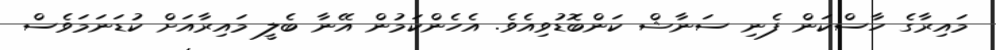
މައިރާގެ ހާސްކަން ފެނި ސަނާޝް ކަންބޮޑުވިއެވެ. އެހެންކަމުން އޭނާ ބެލީ މައިރާއަށް ކުޑަނަމަވެސް